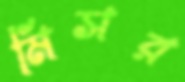
মিসর